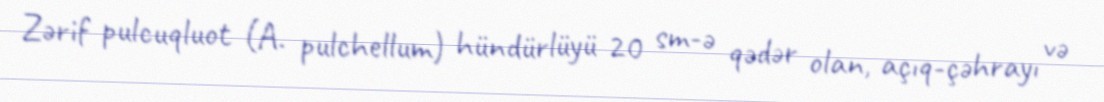
Zərif pulcuqluot (A. pulchellum) hündürlüyü 20 sm-ə qədər olan, açıq-çəhrayı və